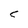
Character: C